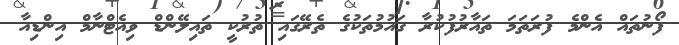
ފޯނުތައް އެންމެ ފުރަތަމަ ތައާރުފުކުރާ ގައުމުތަކުގެ ތެރޭގައި ތުރުކީ ތައިލޭންޑް ވިއެޓްނާމް އިންޑިއާ